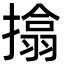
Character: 㩉